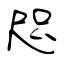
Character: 咫